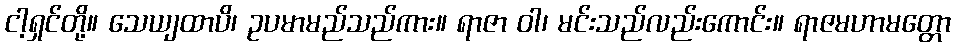
ငါ့ရှင်တို့။ သေယျထာပိ၊ ဥပမာမည်သည်ကား။ ရာဇာ ဝါ၊ မင်းသည်လည်းကောင်း။ ရာဇမဟာမတ္တော